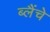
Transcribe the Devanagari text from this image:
ब्लैंचे